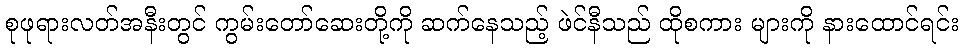
စုဖုရားလတ်အနီးတွင် ကွမ်းတော်ဆေးတို့ကို ဆက်နေသည့် ဖဲင်နီသည် ထိုစကား များကို နားထောင်ရင်း